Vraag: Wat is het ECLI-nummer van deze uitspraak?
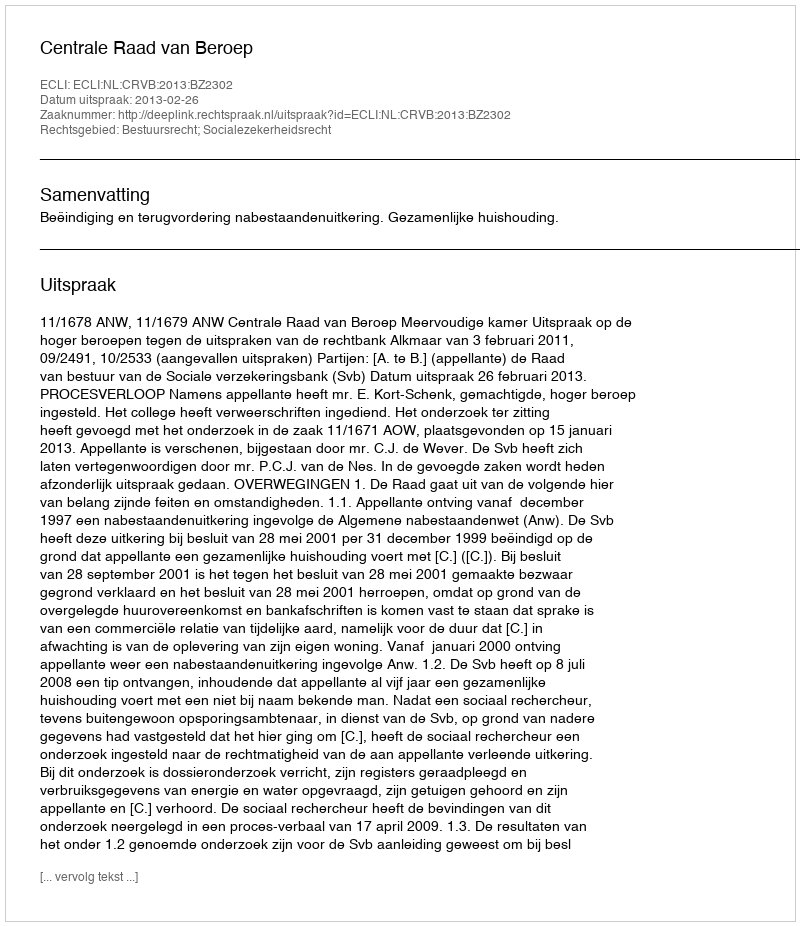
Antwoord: ECLI:NL:CRVB:2013:BZ2302